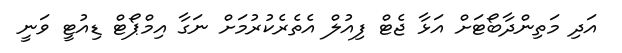
އަދި މަތިންދާބޯޓަށް އަޅާ ޖެޓް ފިއުލް އެތެރެކުރުމަށް ނަގާ އިމްޕޯޓް ޑިއުޓީ ވަނީ